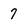
Character: 7